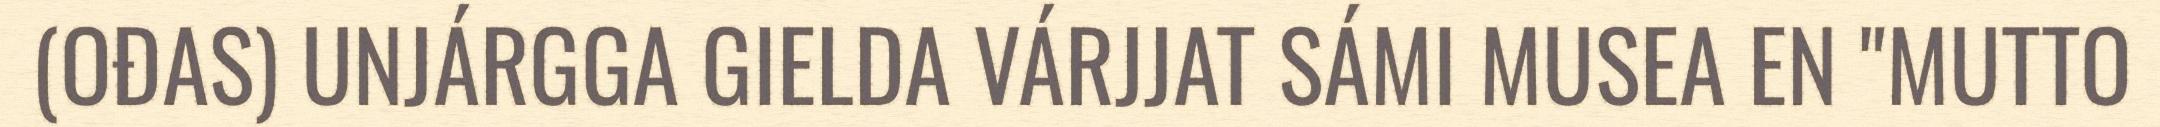
(OĐAS) UNJÁRGGA GIELDA VÁRJJAT SÁMI MUSEA EN "MUTTO